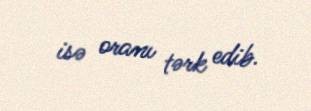
isə oranı tərk edib.